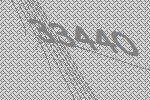
33440